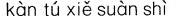
kàn tú xiě suàn shì